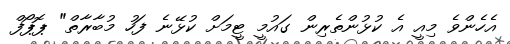
އެހެންވެ މިއީ އެ ކުޅުންތެރިން ގައުމީ ޓީމަށް ކުޅޭނެ ފަހު މުބާރާތް" ޕޮޕޯފް